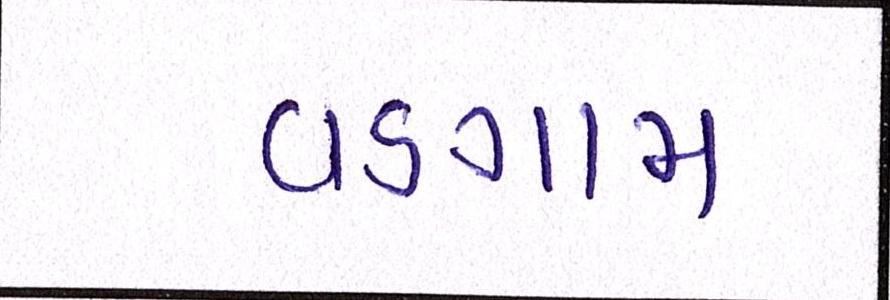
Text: વડગામ